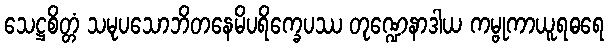
သေဋ္ဌစိတ္တံ သမုပသောဘိတနေမိပရိက္ခေပဿ တုဏ္ဍေနာဒါယ ကမ္ဗုကာယူရဓရေ